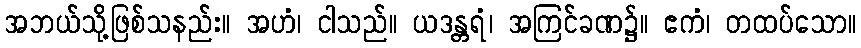
အဘယ်သို့ဖြစ်သနည်း။ အဟံ၊ ငါသည်။ ယဒန္တရံ၊ အကြင်ခဏ၌။ ဧကံ၊ တထပ်သော။